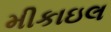
મીકાઇલ